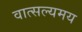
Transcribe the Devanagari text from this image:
वात्सल्यमय